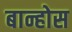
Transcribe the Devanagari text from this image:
बान्होस